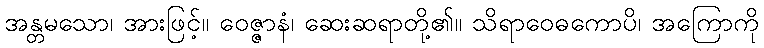
အန္တမသော၊ အားဖြင့်။ ဝေဇ္ဇာနံ၊ ဆေးဆရာတို့၏။ သိရာဝေဓကောပိ၊ အကြောကို